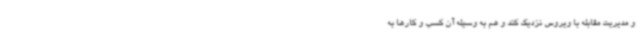
و مدیریت مقابله با ویروس نزدیک کند و هم به وسیله آن کسب و کارها به